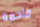
ملحمة